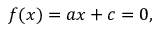
f ( x ) = a x + c = 0 ,